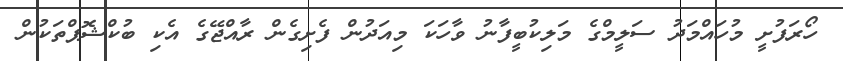
ހޯރަފުށީ މުހައްމަދު ސަލީމްގެ މަލިކުބީފާނު ވާހަކަ މިއަދުން ފެށިގެން ރާއްޖޭގެ އެކި ބުކްޝޮޕްތަކުން